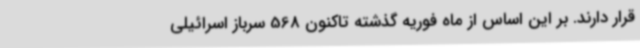
قرار دارند. بر این اساس از ماه فوریه گذشته تاکنون 568 سرباز اسرائیلی